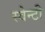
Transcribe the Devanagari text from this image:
स्वेन्‍टी